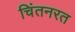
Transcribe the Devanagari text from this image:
चिंतनरत